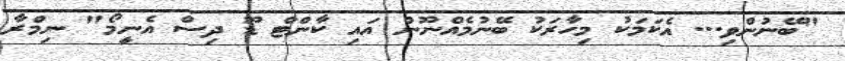
"ބޭނުންވި... އެކަމަކު މިހާރަކު ބޭނުމެއްނޫން އައި ކާންޓް ޑޫ ދިސް އެނީމޯ" ނިމްރާ